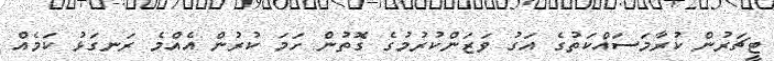
ޓީޗަރުން ކުރާމަސައްކަތުގެ އަގު ވަޒަންކުރުމުގެ ގޮތުން ހަމަ ކުރުން އެއްމެ ރަނގަޅު ކަމެއް